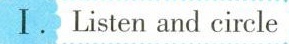
I. Listen and circle